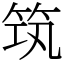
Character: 筑